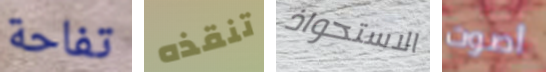
تفاحة تنقذه الاستحواذ أصوت